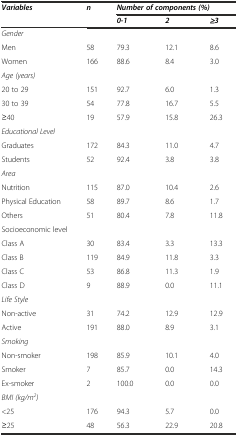
| Variables | n | <COLSPAN=3> Number of components (%) |
 |  |  | 0-1 | 2 | ≥3 |
 | --- | --- | --- | --- | --- |
 | Gender |  |  |  |  |
 | Men | 58 | 79.3 | 12.1 | 8.6 |
 | Women | 166 | 88.6 | 8.4 | 3.0 |
 | Age (years) |  |  |  |  |
 | 20 to 29 | 151 | 92.7 | 6.0 | 1.3 |
 | 30 to 39 | 54 | 77.8 | 16.7 | 5.5 |
 | ≥40 | 19 | 57.9 | 15.8 | 26.3 |
 | Educational Level |  |  |  |  |
 | Graduates | 172 | 84.3 | 11.0 | 4.7 |
 | Students | 52 | 92.4 | 3.8 | 3.8 |
 | Area |  |  |  |  |
 | Nutrition | 115 | 87.0 | 10.4 | 2.6 |
 | Physical Education | 58 | 89.7 | 8.6 | 1.7 |
 | Others | 51 | 80.4 | 7.8 | 11.8 |
 | Socioeconomic level |  |  |  |  |
 | Class A | 30 | 83.4 | 3.3 | 13.3 |
 | Class B | 119 | 84.9 | 11.8 | 3.3 |
 | Class C | 53 | 86.8 | 11.3 | 1.9 |
 | Class D | 9 | 88.9 | 0.0 | 11.1 |
 | Life Style |  |  |  |  |
 | Non-active | 31 | 74.2 | 12.9 | 12.9 |
 | Active | 191 | 88.0 | 8.9 | 3.1 |
 | Smoking |  |  |  |  |
 | Non-smoker | 198 | 85.9 | 10.1 | 4.0 |
 | Smoker | 7 | 85.7 | 0.0 | 14.3 |
 | Ex-smoker | 2 | 100.0 | 0.0 | 0.0 |
 | BMI (kg/m2) |  |  |  |  |
 | <25 | 176 | 94.3 | 5.7 | 0.0 |
 | ≥25 | 48 | 56.3 | 22.9 | 20.8 |